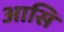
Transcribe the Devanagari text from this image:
आसि